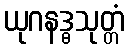
ယုဂနဒ္ဓသုတ္တံ